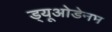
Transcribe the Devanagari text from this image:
ड्यूओडेनम